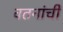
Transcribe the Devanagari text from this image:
वतनांची